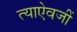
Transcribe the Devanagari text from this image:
त्याऐवजीं